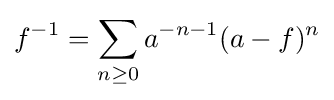
f^{-1}=\sum _{n\geq 0}a^{-n-1}(a-f)^{n}